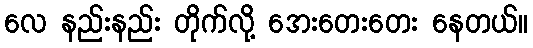
လေ နည်းနည်း တိုက်လို့ အေးတေးတေး နေတယ်။